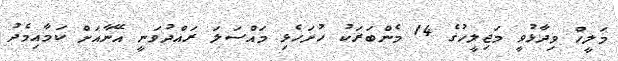
މަލީހް ވިދާޅުވީ މަޖިލީހުގެ 14 މެންބަރަކު ހުށަހެޅި މައްސަލަ ރައްދުވަނީ އޭނާއަށް ކަމާއިމެދު